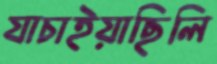
যাচাইয়াছিলি